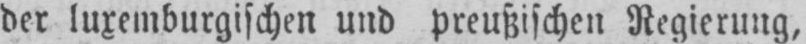
der luxemburgischen und preußischen Regierung,